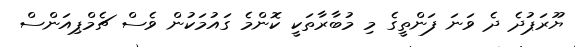
ޔޫރަޕުދެ ދެ ވަނަ ފަންތީގެ މި މުބާރާތަކީ ކޮންމެ ގައުމަކުން ވެސް ޗެމްޕިއަންސް